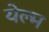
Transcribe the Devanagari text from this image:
येल्म